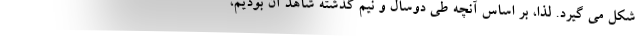
شکل می گیرد. لذا، بر اساس آنچه طی دوسال و نیم گذشته شاهد آن بودیم،